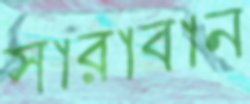
সারাবান